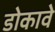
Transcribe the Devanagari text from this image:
डोकावे